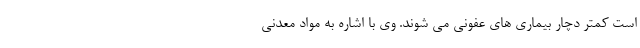
است کمتر دچار بیماری های عفونی می شوند. وی با اشاره به مواد معدنی